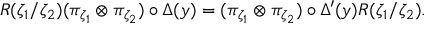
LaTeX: R ( \zeta _ { 1 } / \zeta _ { 2 } ) ( \pi _ { \zeta _ { 1 } } \otimes \pi _ { \zeta _ { 2 } } ) \circ \Delta ( y ) = ( \pi _ { \zeta _ { 1 } } \otimes \pi _ { \zeta _ { 2 } } ) \circ \Delta ^ { \prime } ( y ) R ( \zeta _ { 1 } / \zeta _ { 2 } ) .